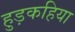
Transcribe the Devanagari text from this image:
हुड़कहिया